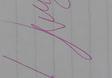
Signature authenticity: genuine